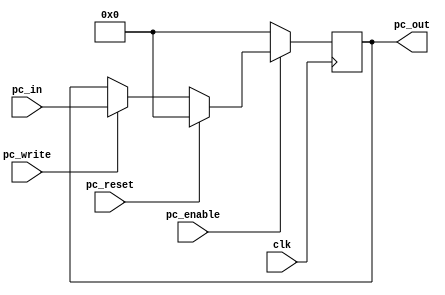
`timescale 1ns / 1ps
//////////////////////////////////////////////////////////////////////////////////
// Company: 
// Engineer: 
// 
// Design Name: 
// Module Name:    ceyloniac_pc 
// Project Name: 
// Target Devices: 
// Tool versions: 
// Description: 
//
// Dependencies: 
//
// Revision: 
// Revision 0.01 - File Created
// Additional Comments: 
//
//////////////////////////////////////////////////////////////////////////////////
module ceyloniac_pc
#(parameter RAM_ADDR_WIDTH=16)
(
pc_enable,
pc_write,
clk,
pc_reset,
pc_in,
pc_out
);

 input clk;
 input pc_enable;
 input pc_write;
 input pc_reset;
 input [RAM_ADDR_WIDTH-1:0]pc_in;
 output [RAM_ADDR_WIDTH-1:0]pc_out;
 reg [RAM_ADDR_WIDTH-1:0]pc;
 
 assign pc_out=pc;

always@(posedge clk)begin

$display("Program Counter: %g %b  %b  %b  %b  %b PC-OUT\n",$time,pc,pc_enable, pc_reset, pc_write, pc_out );
 if(pc_enable)begin
    if(!pc_reset)begin
      if(pc_write)begin
           pc<=pc_in;
      end		
		else begin//pc_out
       end      
	 end
	 else begin
			pc<=0;
	end
			
 end
else begin
		pc<=0;
end

end//always begin


endmodule